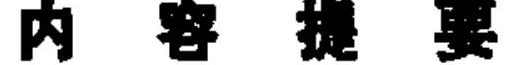
内 容 提 要